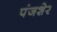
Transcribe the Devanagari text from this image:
पंजशेर